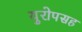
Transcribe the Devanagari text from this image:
युरोपसह